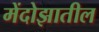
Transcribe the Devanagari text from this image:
मेंदोझातील